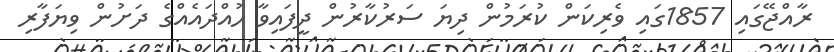
ރާއްޖޭގައި 1857ގައި ވެރިކަން ކުރަމުން ދިޔަ ސަރުކާރުން ދީފައިވާ ހުއްދައެއްގެ ދަށުން ވިޔަފާރި